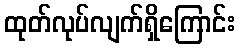
ထုတ်လုပ်လျက်ရှိကြောင်း